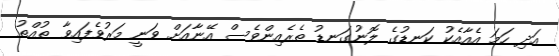
އަދި ހަމަ އެއާއެކު ކަނޑުގެ ލޮނުގަނޑު ތެރެއިންވެސް އޭނާއަށް ވަނީ މަރުވެފައިވާ ތުއްތު